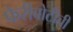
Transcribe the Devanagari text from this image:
फेरीबोटीची